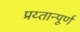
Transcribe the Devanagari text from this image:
प्रय्तान्पूर्ण